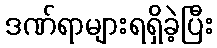
ဒဏ်ရာများရရှိခဲ့ပြီး